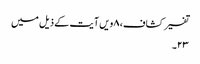
تفسیر کشاف، ۸ویں آیت کے ذیل میں
۲۳۔